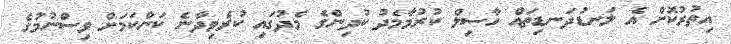
އިތުރުކޮށް އެ ލަނޑުދަނޑިތައް ހާސިލް ކުރުމާމެދު ކުދިންގެ މެދުގައި ކުރެވިދާނެ ކަންކަމަށް ވިސްނުމުގެ